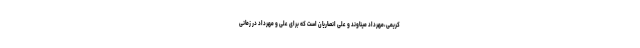
کریمی،مهرداد میناوند و علی انصاریان است که برای علی و مهرداد در زمانی